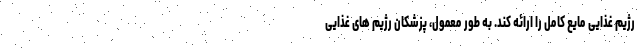
رژیم غذایی مایع کامل را ارائه کند. به طور معمول، پزشکان رژیم های غذایی